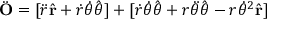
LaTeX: { \ddot { \mathbf { O } } } = [ { \ddot { r } } { \hat { \mathbf { r } } } + { \dot { r } } { \dot { \theta } } { \hat { \boldsymbol { \theta } } } ] + [ { \dot { r } } { \dot { \theta } } { \hat { \boldsymbol { \theta } } } + r { \ddot { \theta } } { \hat { \boldsymbol { \theta } } } - r { \dot { \theta } } ^ { 2 } { \hat { \mathbf { r } } } ]